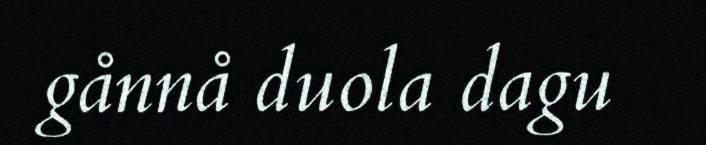
gånnå duola dagu